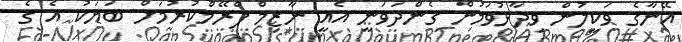
އޭނާގެ ވަކީލުން ވިދާޅުވަމުން ގެންދަވަނީ އެއީ ނާޒިމް ފްރޭމްކުރުމަށް ބަޔަކު އެ ގެ